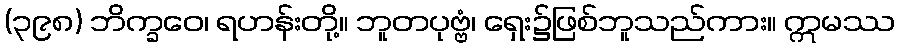
(၃၉၈) ဘိက္ခဝေ၊ ရဟန်းတို့။ ဘူတပုဗ္ဗံ၊ ရှေး၌ဖြစ်ဘူသည်ကား။ ဣမဿ